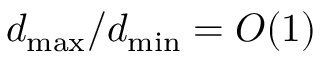
d _ { \operatorname* { m a x } } / d _ { \operatorname* { m i n } } = O ( 1 )